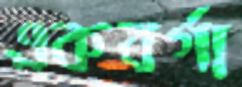
একবর্গা